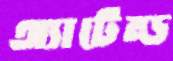
অ্যাটেন্ড